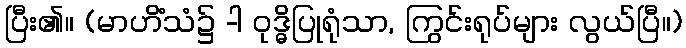
ပြီး၏။ (မာဟိံသံ၌ -ါ ဝုဒ္ဓိပြုရုံသာ, ကြွင်းရုပ်များ လွယ်ပြီ။)